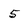
Character: 5